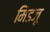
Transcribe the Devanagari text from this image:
मिडज़ू